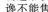
谗不能售